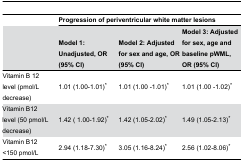
<table><thead><tr><td></td><td colspan="3"><b>Progression of periventricular white matter lesions</b></td></tr><tr><td></td><td><b>Model 1: Unadjusted, OR (95% CI)</b></td><td><b>Model 2: Adjusted for sex and age, OR (95% CI)</b></td><td><b>Model 3: Adjusted for sex, age and baseline pWML, OR (95% CI)</b></td></tr></thead><tbody><tr><td>Vitamin B 12 level (pmol/L decrease)</td><td>1.01 (1.00-1.01)*</td><td>1.01 (1.00 -1.01)*</td><td>1.01 (1.00 -1.02)*</td></tr><tr><td>Vitamin B12 level (50 pmol/L decrease)</td><td>1.42 ( 1.00-1.92)*</td><td>1.42 (1.05-2.02)*</td><td>1.49 (1.05-2.13)*</td></tr><tr><td>Vitamin B12 &lt;150 pmol/L</td><td>2.94 (1.18-7.30)*</td><td>3.05 (1.16-8.24)*</td><td>2.56 (1.02-8.06)*</td></tr></tbody></table>